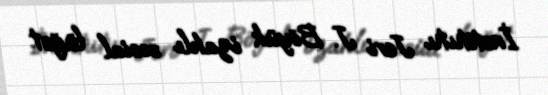
İnstitutu Jeri J. Böyük izahlı sosial lüğət.